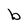
Character: b